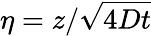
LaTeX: \eta=z/\sqrt{4Dt}